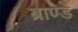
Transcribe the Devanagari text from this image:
ब्राण्डे